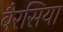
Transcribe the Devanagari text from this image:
बैरसिया